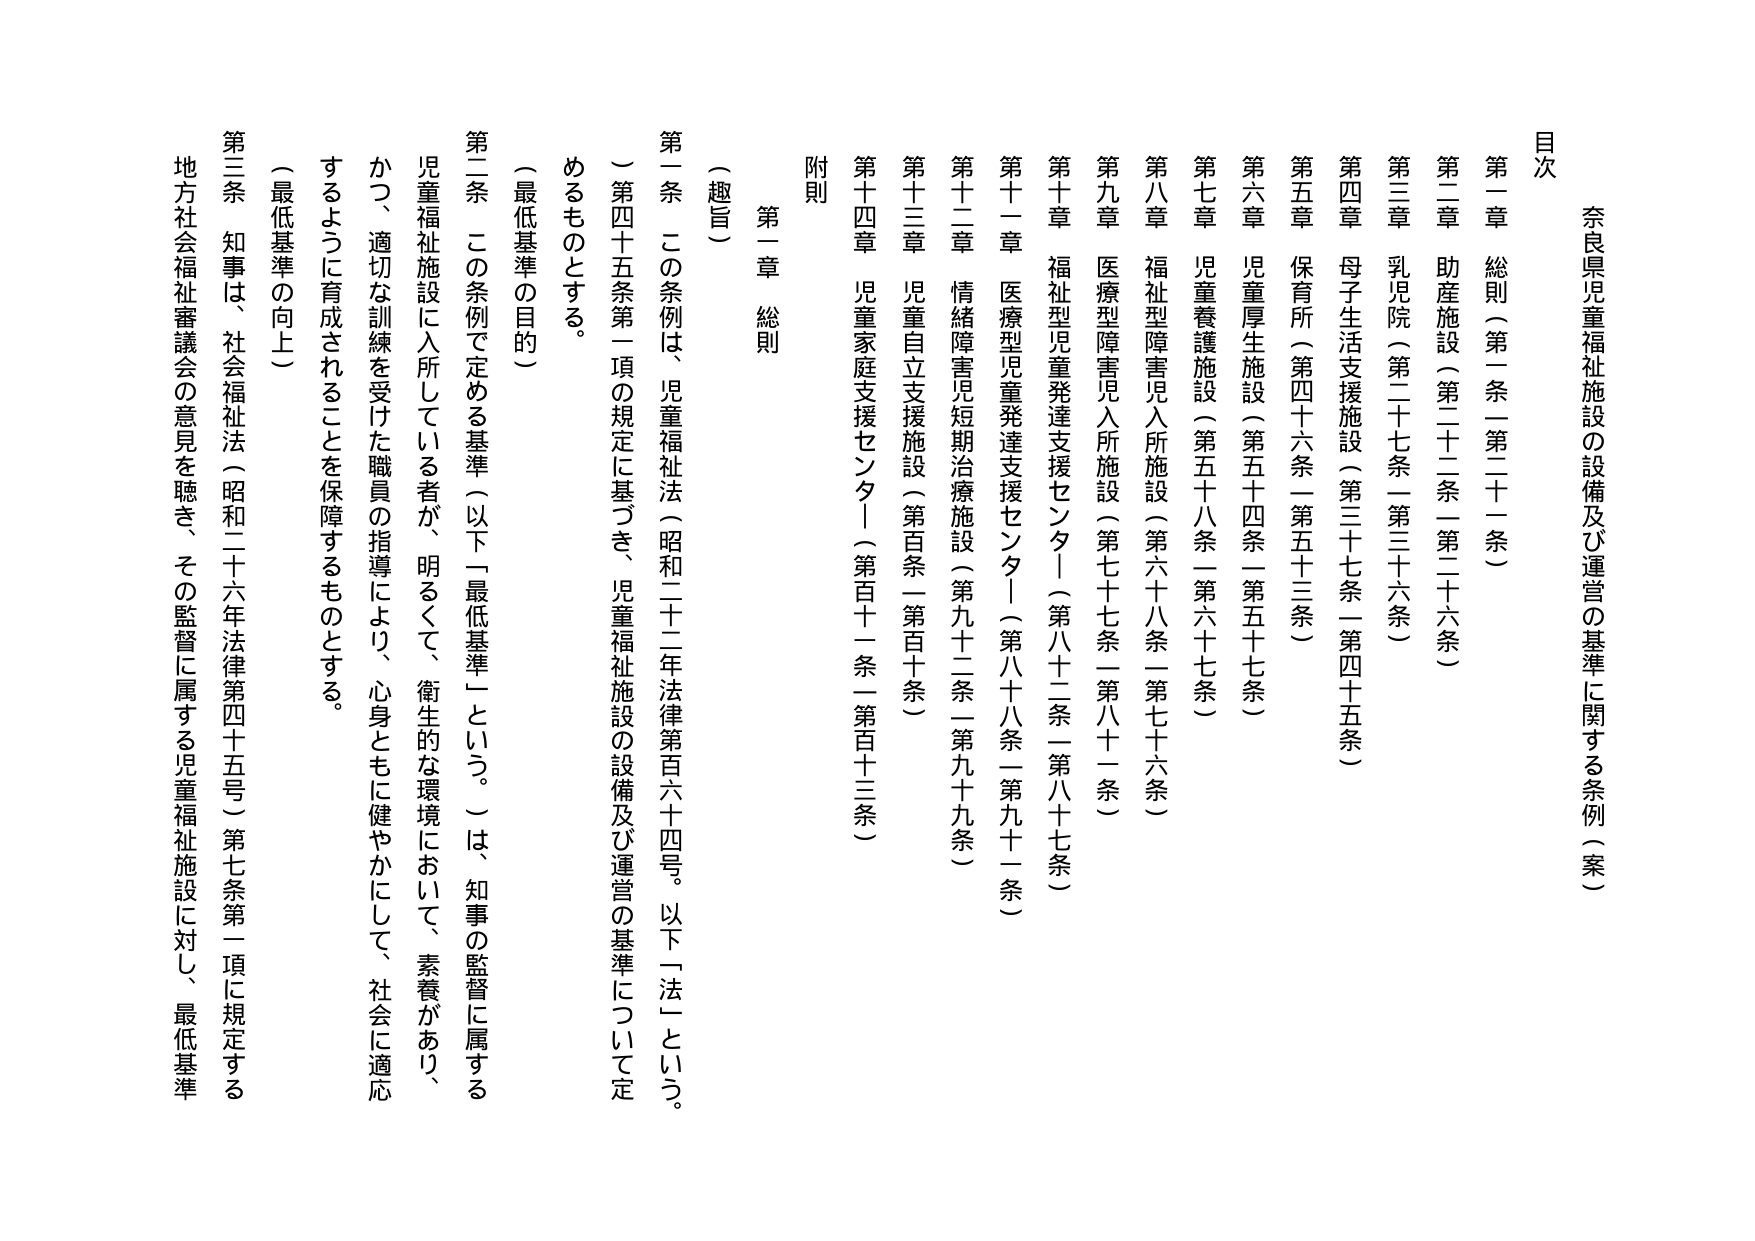
奈良県児童福祉施設の設備及び運営の基準に関する条例（案）

目次

第一章 総則（第一条－第二十一条）
第二章 助産施設（第二十二条－第二十六条）
第三章 乳児院（第二十七条－第三十六条）
第四章 母子生活支援施設（第三十七条－第四十五条）
第五章 保育所（第四十六条－第五十三条）
第六章 児童厚生施設（第五十四条－第五十七条）
第七章 児童養護施設（第五十八条－第六十七条）
第八章 福祉型障害児入所施設（第六十八条－第七十六条）
第九章 医療型障害児入所施設（第七十七条－第八十一条）
第十章 福祉型児童発達支援センター（第八十二条－第八十七条）
第十一章 医療型児童発達支援センター（第八十八条－第九十一条）
第十二章 情緒障害児短期治療施設（第九十二条－第九十九条）
第十三章 児童自立支援施設（第百条－第百十条）
第十四章 児童家庭支援センター（第百十一条－第百十三条）

附則

第一章 総則

（趣旨）

第一条 この条例は、児童福祉法（昭和二十二年法律第百六十四号。以下「法」という。）第四十五条第一項の規定に基づき、児童福祉施設の設備及び運営の基準について定めるものとする。

（最低基準の目的）

第二条 この条例で定める基準（以下「最低基準」という。）は、知事の監督に属する児童福祉施設に入所している者が、明るくて、衛生的な環境において、素養があり、かつ、適切な訓練を受けた職員の指導により、心身ともに健やかにして、社会に適応するように育成されることを保障するものとする。

（最低基準の向上）

第三条 知事は、社会福祉法（昭和二十六年法律第四十五号）第七条第一項に規定する地方社会福祉審議会の意見を聴き、その監督に属する児童福祉施設に対し、最低基準